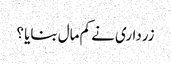
زرداری نے کم مال بنایا ؟